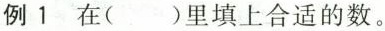
例1 在()里填上合适的数。